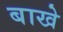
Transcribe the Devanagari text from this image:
बाखे